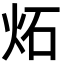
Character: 炻